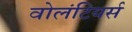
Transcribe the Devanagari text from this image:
वोलंटियर्स